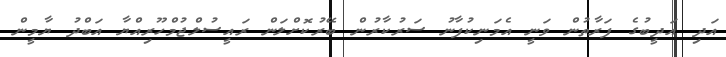
އަދި އަދީބުގެ ފަރާތުން ވަނީ އެމަނިކުފާނު ސަރުކާރުން ބޭރުކޮށްލަން ރައީސުލްޖުމްހޫރިއްޔާ އަބްދު ޔާމީން